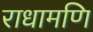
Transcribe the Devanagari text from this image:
राधामणि